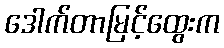
ဒေါက်တာမြင့်ထွေးက